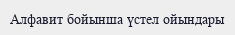
Алфавит бойынша үстел ойындары